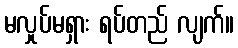
မလှုပ်မရှား ရပ်တည် လျက်။